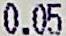
0.05